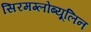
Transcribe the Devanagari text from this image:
सिरमग्लोब्यूलिन